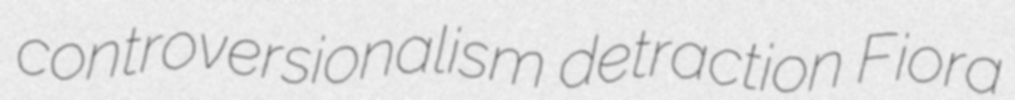
controversionalism detraction Fiora